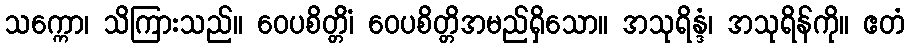
သက္ကော၊ သိကြားသည်။ ဝေပစိတ္တိံ၊ ဝေပစိတ္တိအမည်ရှိသော။ အသုရိန္ဒံ၊ အသုရိန်ကို။ ဧတံ